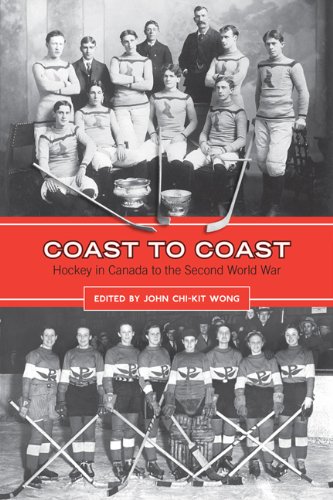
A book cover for Coast to Coast: Hockey in Canada to the Second World War; Sports & Outdoors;